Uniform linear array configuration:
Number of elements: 48
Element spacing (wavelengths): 1
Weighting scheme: binomial
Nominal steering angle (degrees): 30
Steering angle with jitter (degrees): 29.146
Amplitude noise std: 0.05
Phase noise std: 0.05

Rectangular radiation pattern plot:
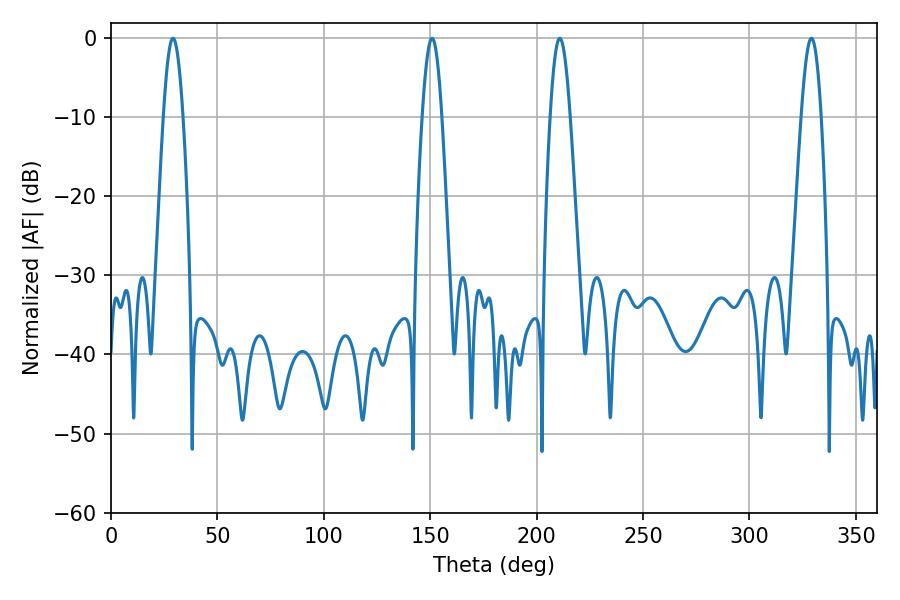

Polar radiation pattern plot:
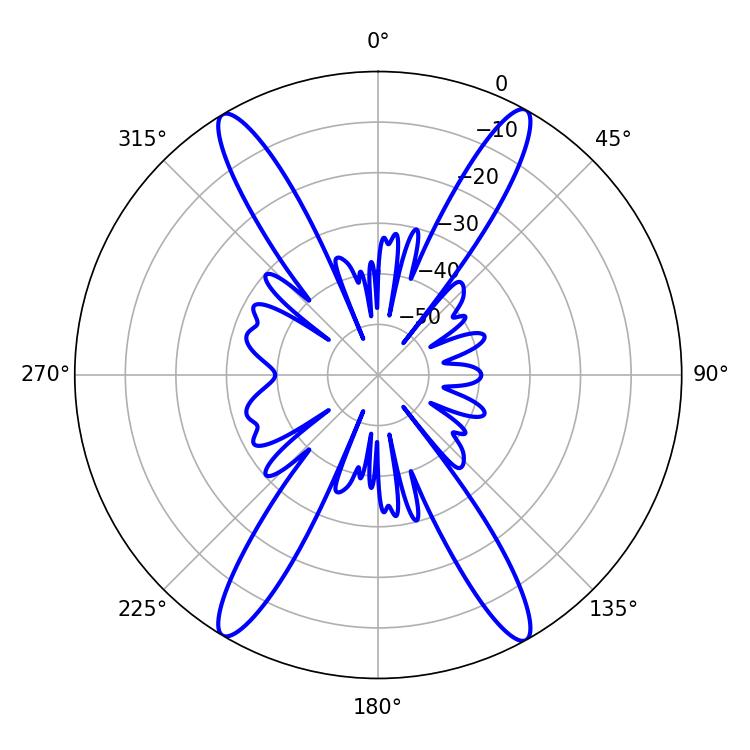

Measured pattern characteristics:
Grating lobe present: TRUE
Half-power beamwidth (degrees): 5.04
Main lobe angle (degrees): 29.16